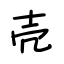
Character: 壳